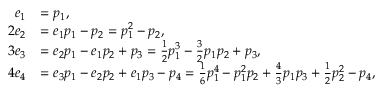
{ \begin{array} { r l } { e _ { 1 } } & { = p _ { 1 } , } \\ { 2 e _ { 2 } } & { = e _ { 1 } p _ { 1 } - p _ { 2 } = p _ { 1 } ^ { 2 } - p _ { 2 } , } \\ { 3 e _ { 3 } } & { = e _ { 2 } p _ { 1 } - e _ { 1 } p _ { 2 } + p _ { 3 } = { \frac { 1 } { 2 } } p _ { 1 } ^ { 3 } - { \frac { 3 } { 2 } } p _ { 1 } p _ { 2 } + p _ { 3 } , } \\ { 4 e _ { 4 } } & { = e _ { 3 } p _ { 1 } - e _ { 2 } p _ { 2 } + e _ { 1 } p _ { 3 } - p _ { 4 } = { \frac { 1 } { 6 } } p _ { 1 } ^ { 4 } - p _ { 1 } ^ { 2 } p _ { 2 } + { \frac { 4 } { 3 } } p _ { 1 } p _ { 3 } + { \frac { 1 } { 2 } } p _ { 2 } ^ { 2 } - p _ { 4 } , } \end{array} }